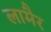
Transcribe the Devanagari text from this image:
लामैर